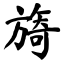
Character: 旖